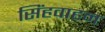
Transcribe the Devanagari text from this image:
सिंहवाहन